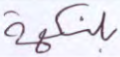
بلنكهة